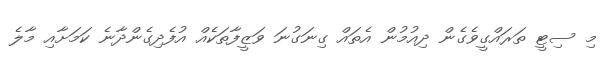
މި ސިޓީ ތަރައްގީވެގެން ދިއުމުން އެތައް ގިނަގުނަ ވަޒީފާތަކެއް އުފެދިގެންދާނެ ކަމަށާއި މާލެ